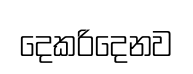
දෙකරිදෙනව